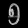
Digit: ၅